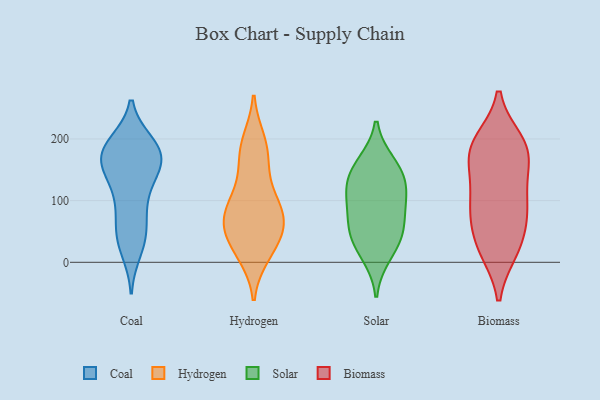
{"axis": {"x": "Customer Acquisition Cost (USD)", "y": "Value"}, "legend": ["Biomass", "Coal", "Hydrogen", "Solar"], "data": [{"x": "", "y": 163, "type": "Coal"}, {"x": "", "y": 192, "type": "Coal"}, {"x": "", "y": 19, "type": "Coal"}, {"x": "", "y": 53, "type": "Coal"}, {"x": "", "y": 185, "type": "Coal"}, {"x": "", "y": 192, "type": "Coal"}, {"x": "", "y": 58, "type": "Coal"}, {"x": "", "y": 179, "type": "Coal"}, {"x": "", "y": 87, "type": "Coal"}, {"x": "", "y": 169, "type": "Coal"}, {"x": "", "y": 27, "type": "Coal"}, {"x": "", "y": 43, "type": "Coal"}, {"x": "", "y": 107, "type": "Coal"}, {"x": "", "y": 165, "type": "Coal"}, {"x": "", "y": 159, "type": "Coal"}, {"x": "", "y": 193, "type": "Coal"}, {"x": "", "y": 109, "type": "Coal"}, {"x": "", "y": 165, "type": "Coal"}, {"x": "", "y": 139, "type": "Coal"}, {"x": "", "y": 145, "type": "Coal"}, {"x": "", "y": 62, "type": "Hydrogen"}, {"x": "", "y": 194, "type": "Hydrogen"}, {"x": "", "y": 23, "type": "Hydrogen"}, {"x": "", "y": 127, "type": "Hydrogen"}, {"x": "", "y": 54, "type": "Hydrogen"}, {"x": "", "y": 75, "type": "Hydrogen"}, {"x": "", "y": 15, "type": "Hydrogen"}, {"x": "", "y": 34, "type": "Hydrogen"}, {"x": "", "y": 95, "type": "Hydrogen"}, {"x": "", "y": 183, "type": "Hydrogen"}, {"x": "", "y": 81, "type": "Hydrogen"}, {"x": "", "y": 171, "type": "Hydrogen"}, {"x": "", "y": 79, "type": "Hydrogen"}, {"x": "", "y": 160, "type": "Solar"}, {"x": "", "y": 133, "type": "Solar"}, {"x": "", "y": 12, "type": "Solar"}, {"x": "", "y": 56, "type": "Solar"}, {"x": "", "y": 104, "type": "Solar"}, {"x": "", "y": 52, "type": "Solar"}, {"x": "", "y": 118, "type": "Solar"}, {"x": "", "y": 88, "type": "Solar"}, {"x": "", "y": 152, "type": "Solar"}, {"x": "", "y": 36, "type": "Solar"}, {"x": "", "y": 20, "type": "Biomass"}, {"x": "", "y": 117, "type": "Biomass"}, {"x": "", "y": 148, "type": "Biomass"}, {"x": "", "y": 190, "type": "Biomass"}, {"x": "", "y": 75, "type": "Biomass"}, {"x": "", "y": 188, "type": "Biomass"}, {"x": "", "y": 195, "type": "Biomass"}, {"x": "", "y": 89, "type": "Biomass"}, {"x": "", "y": 175, "type": "Biomass"}, {"x": "", "y": 69, "type": "Biomass"}, {"x": "", "y": 25, "type": "Biomass"}, {"x": "", "y": 24, "type": "Biomass"}, {"x": "", "y": 100, "type": "Biomass"}, {"x": "", "y": 175, "type": "Biomass"}]}